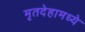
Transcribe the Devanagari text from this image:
मृतदेहामध्ये